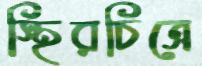
স্থিরচিত্রে